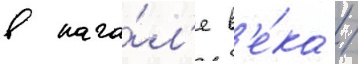
в нача́л'е в'е́ка /